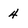
Character: 4